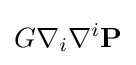
G\nabla _{i}\nabla ^{i}\mathbf {P}